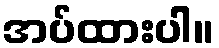
အပ်ထားပါ။